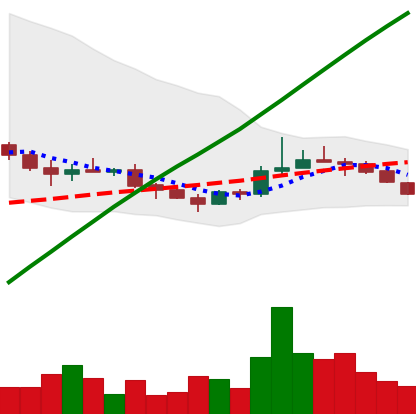
Ticker: LINK-USD
Chart end date: 2019-08-09
Forward return: 4.221%
Label: up_3_5